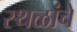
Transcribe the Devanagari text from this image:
स्‍थळांचे